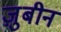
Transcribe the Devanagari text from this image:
ज़ुबीन